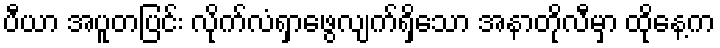
ပီယာ အပူတပြင်း လိုက်လံရှာဖွေလျက်ရှိသော အနာတိုလီမှာ ထိုနေ့က